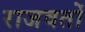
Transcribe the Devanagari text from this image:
राजवतों